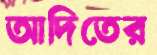
আদিতের